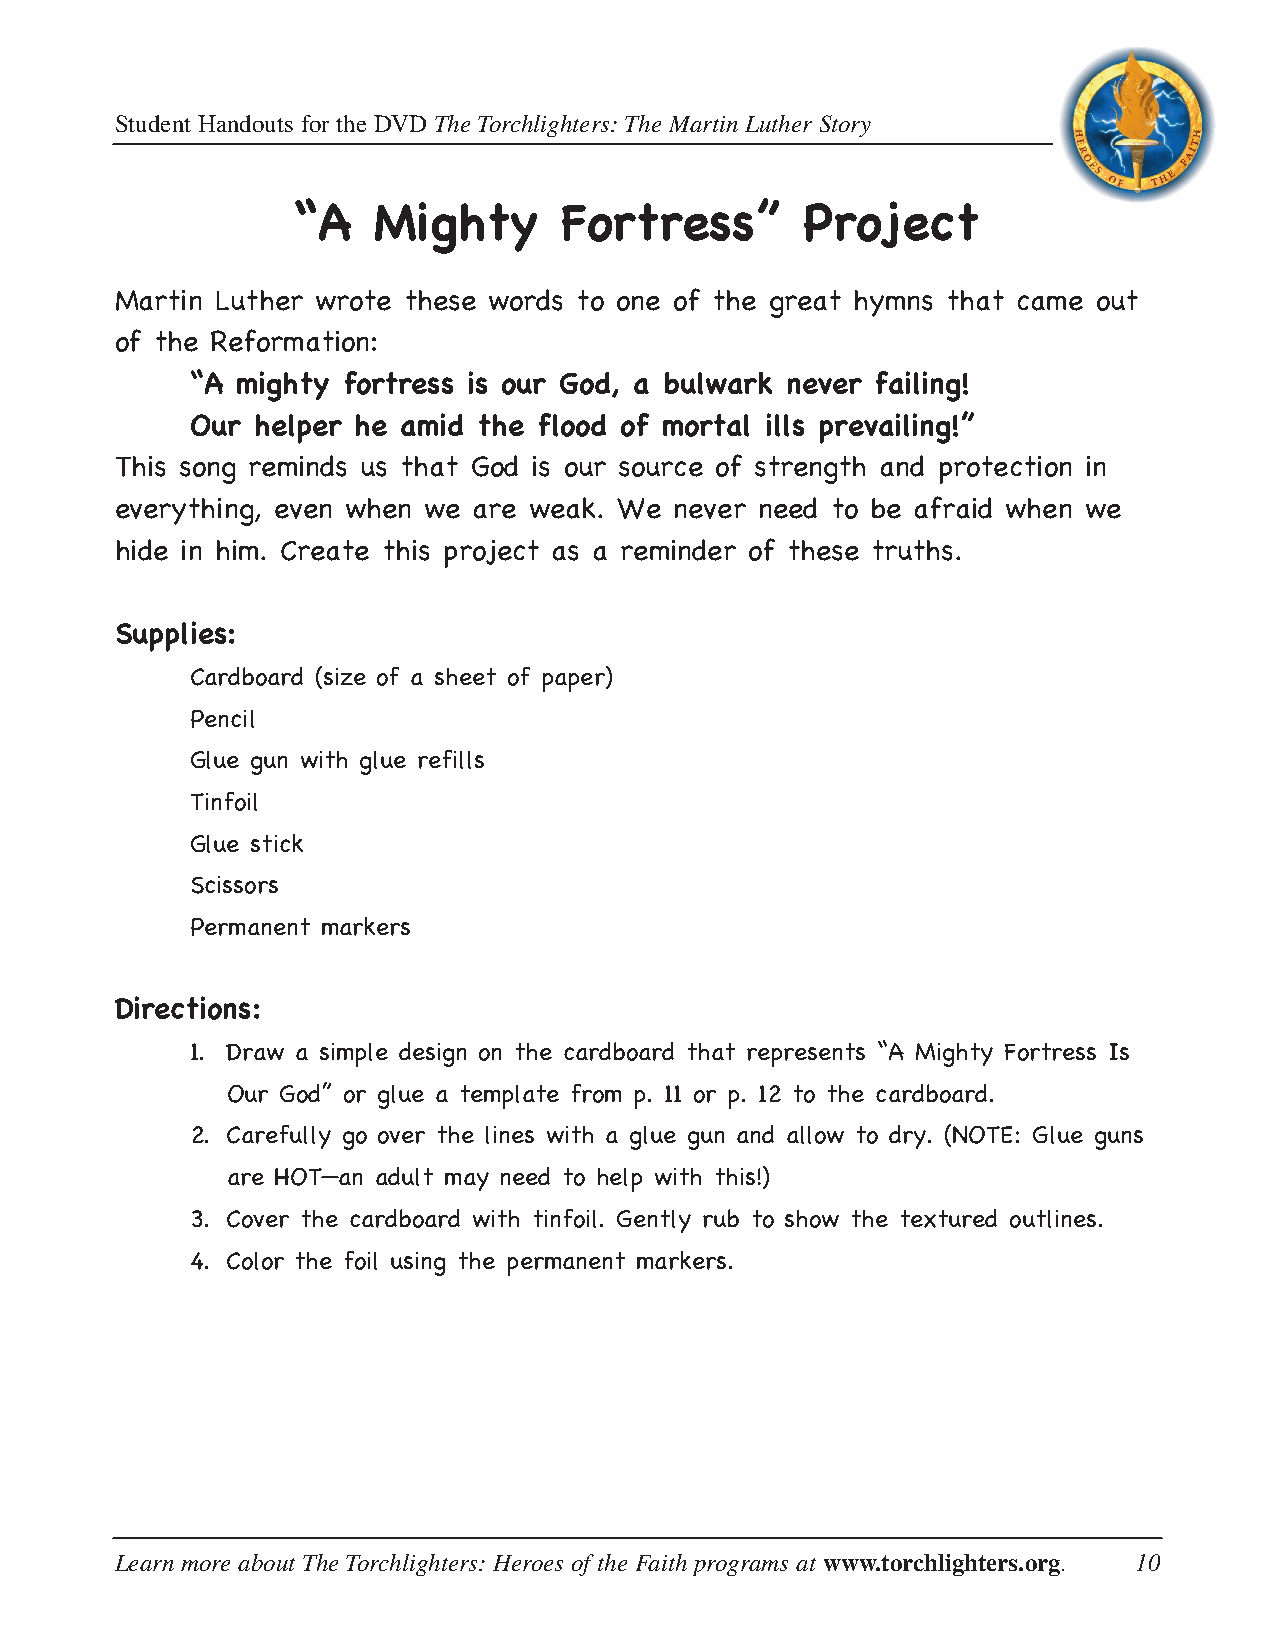
Student Handouts for the DVD The Torchlighters: The Martin Luther Story
 “A    Mighty      Fortress”       Project
 Martin Luther wrote these words to one of the great hymns that came out
 of the Reformation:
 “A mighty fortress is our God, a bulwark never failing!
 Our helper he amid the flood of mortal ills prevailing!”
 This song reminds us that God is our source of strength and protection in
 everything, even when we are weak. We never need to be afraid when we
 hide in him. Create this project as a reminder of these truths.
 Supplies:
 Cardboard (size of a sheet of paper)
 Pencil
 Glue gun with glue refills
 Tinfoil
 Glue stick
 Scissors
 Permanent markers
 Directions:
 1. Draw a simple design on the cardboard that represents “A Mighty Fortress Is
 Our God” or glue a template from p. 11 or p. 12 to the cardboard.
 2. Carefully go over the lines with a glue gun and allow to dry. (NOTE: Glue guns
 are HOT—an adult may need to help with this!)
 3. Cover the cardboard with tinfoil. Gently rub to show the textured outlines.
 4. Color the foil using the permanent markers.
 Learn more about The Torchlighters: Heroes of the Faith programs at www.torchlighters.org. 10